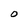
Character: O